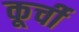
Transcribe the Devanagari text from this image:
कूर्ची